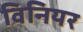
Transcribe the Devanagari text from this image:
विनियर